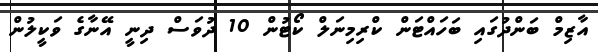
އާޒިމް ބަންދުގައި ބަހައްޓަން ކްރިމިނަލް ކޯޓުން 10 ދުވަސް ދިނީ އޭނާގެ ވަކީލުން